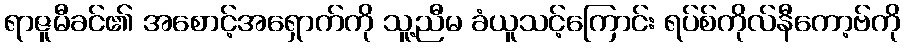
ရာဇူမီခင်၏ အစောင့်အရှောက်ကို သူ့ညီမ ခံယူသင့်ကြောင်း ရပ်စ်ကိုလ်နီကော့ဗ်ကို